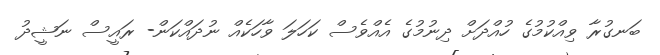
ބަނގުރާ ވިއްކުމުގެ ހުއްދަށް ދިނުމުގެ އެއްވެސް ކަހަލަ ވާހަކެއް ނުދައްކަން- ރައީސް ނަޝީދު